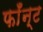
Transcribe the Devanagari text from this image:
फाँन्ट